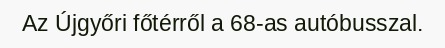
Az Újgyőri főtérről a 68-as autóbusszal.